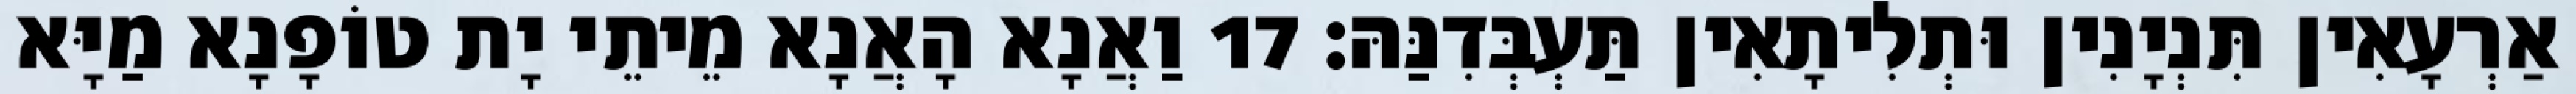
אַרְעָאִין תִּנְיָנִין וּתְלִיתָאִין תַּעְבְּדִנַּהּ׃ 17 וַאֲנָא הָאֲנָא מֵיתֵי יָת טוֹפָנָא מַיָּא